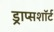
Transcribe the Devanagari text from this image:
ड्राप्सशॉर्ट